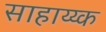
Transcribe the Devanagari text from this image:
साहाय्य्क